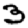
Digit: 3